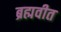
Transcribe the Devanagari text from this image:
ब्रह्मवीत